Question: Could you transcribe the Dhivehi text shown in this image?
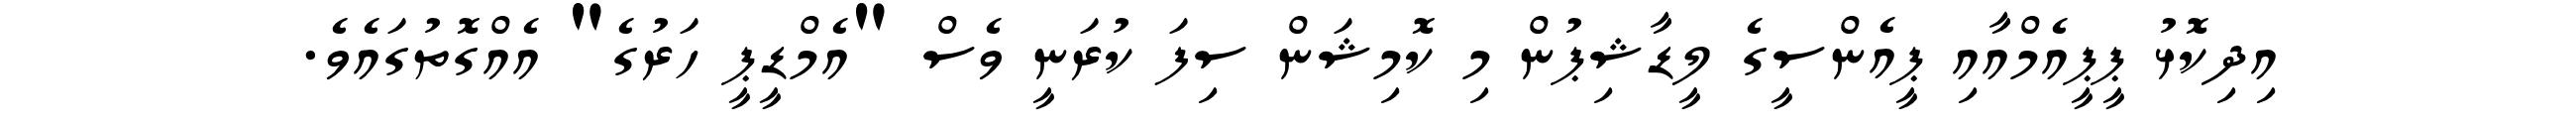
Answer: އިދިކޮޅު ޕީޕީއެމްއާއި ޕީއެންސީގެ ލީޑާޝިޕުން މި ކޮމިޝަން ސިފަ ކުރަނީ ވެސް "އެމްޑީޕީ ހަރުގެ" އެއްގޮތުގައެވެ.